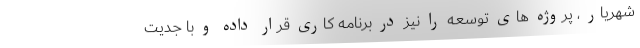
شهریار ، پروژه های توسعه را نیز در برنامه کاری قرار داده و با جدیت